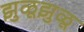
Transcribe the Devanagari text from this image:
झुळूझुळू